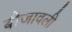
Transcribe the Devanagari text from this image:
बीजावली